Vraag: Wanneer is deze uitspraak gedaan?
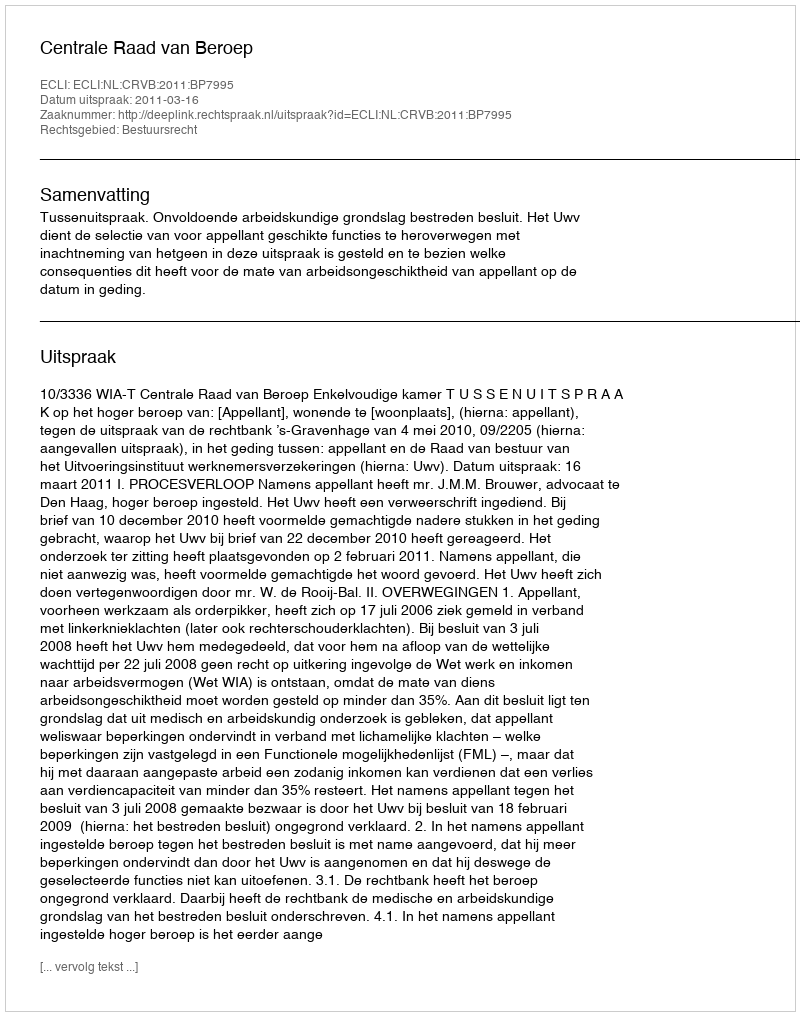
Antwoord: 2011-03-16